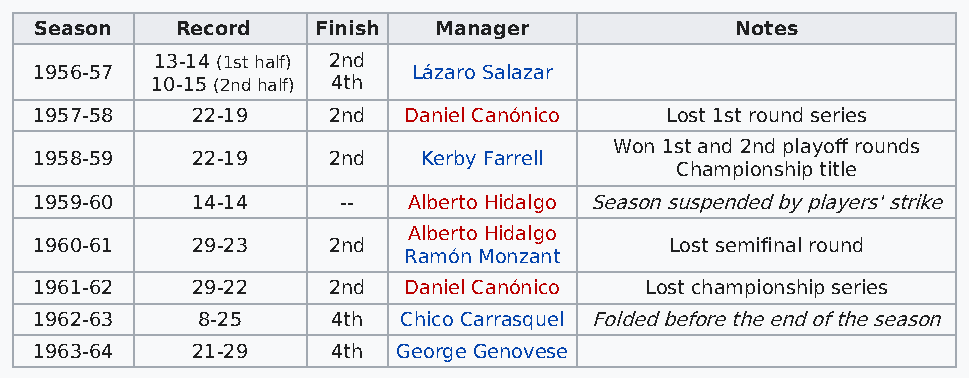
Season    Record   Finish  Manager             Notes
 13-14 (1st half) 2nd
 1956-57                  Lázaro Salazar
 10-15 (2nd half) 4th
 1957-58    22-19    2nd  Daniel Canónico  Lost 1st round series
 Won 1st and 2nd playoff rounds
 1958-59    22-19    2nd   Kerby Farrell
 Championship title
 1959-60    14-14     --  Alberto Hidalgo Season suspended by players' strike
 Alberto Hidalgo
 1960-61    29-23    2nd                   Lost semifinal round
 Ramón Monzant
 1961-62    29-22    2nd  Daniel Canónico Lost championship series
 1962-63    8-25     4th  Chico Carrasquel Folded before the end of the season
 1963-64    21-29    4th George Genovese